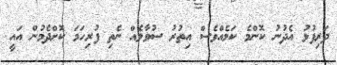
ދަރިފުޅު އެދުނު ކޮންމެ ކަމެއްވެސް އިތުރު ސުވާލެއް ނެތި ފުރިހަމަ ކޮށްދެމުން އައީ